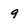
Character: 9